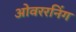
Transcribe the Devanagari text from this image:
ओवररनिंग